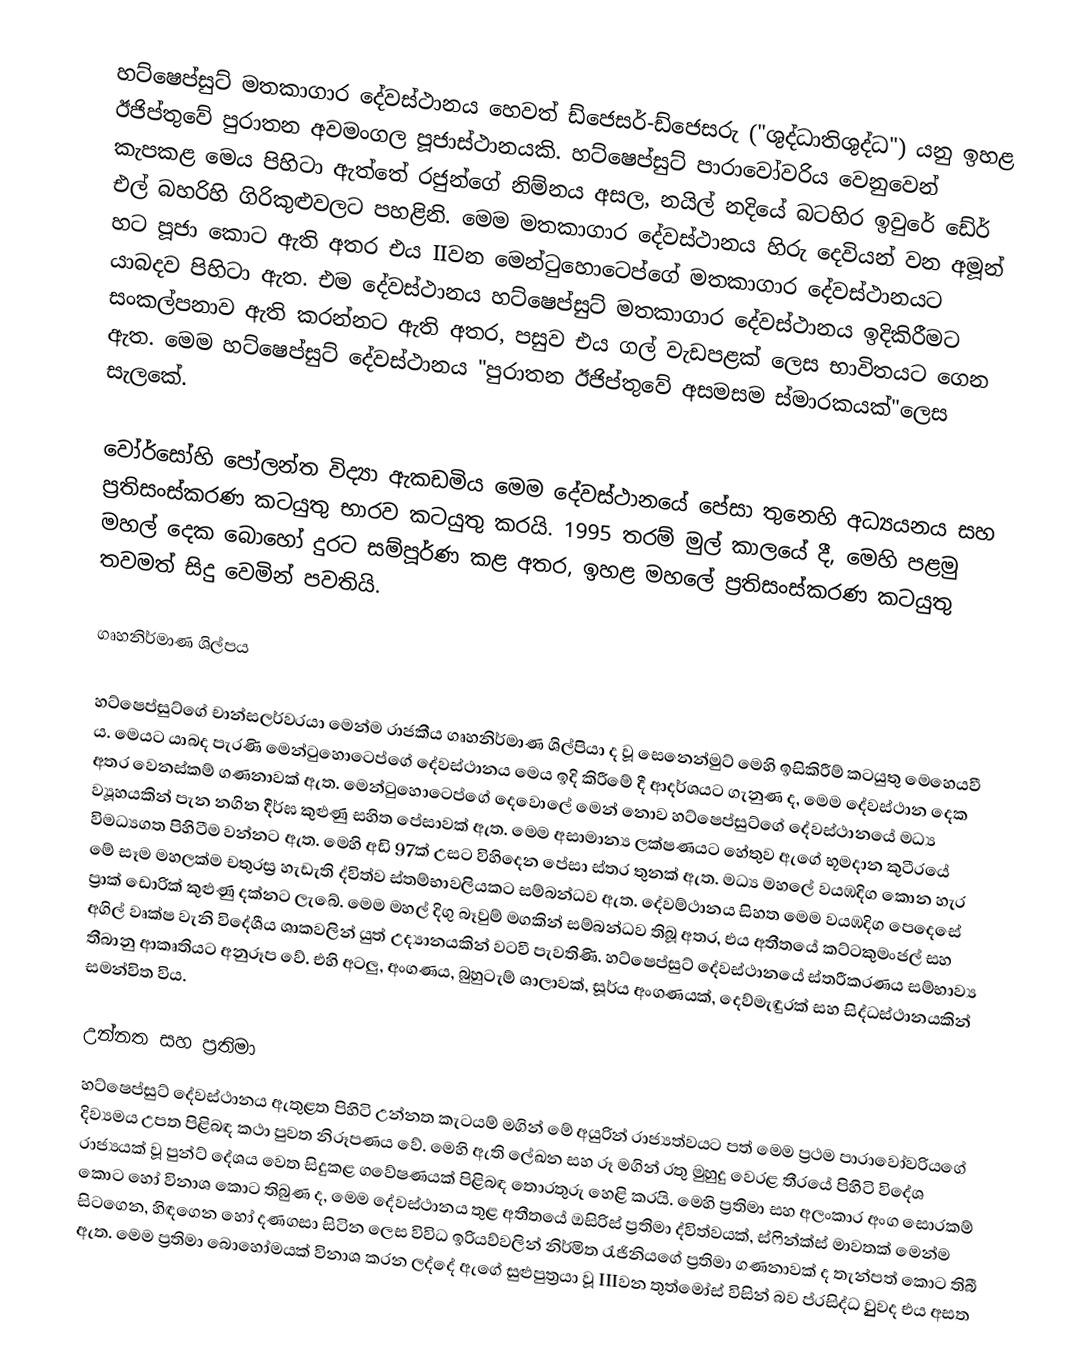
හට්ෂෙප්සුට් මතකාගාර දේවස්ථානය හෙවත් ඩ්ජෙසර්-ඩ්ජෙසරු ("ශුද්ධාතිශුද්ධ") යනු ඉහළ ඊජිප්තුවේ පුරාතන අවමංගල පූජාස්ථානයකි. හට්ෂෙප්සුට් පාරාවෝවරිය වෙනුවෙන් කැපකළ මෙය පිහිටා ඇත්තේ රජුන්ගේ නිම්නය අසල, නයිල් නදියේ බටහිර ඉවුරේ ඩේර් එල් බහරිහි ගිරිකුළුවලට පහළිනි. මෙම මතකාගාර දේවස්ථානය හිරු දෙවියන් වන අමූන් හට පූජා කොට ඇති අතර එය IIවන මෙන්ටුහොටෙප්ගේ මතකාගාර දේවස්ථානයට යාබදව පිහිටා ඇත. එම දේවස්ථානය හට්ෂෙප්සුට් මතකාගාර දේවස්ථානය ඉදිකිරීමට සංකල්පනාව ඇති කරන්නට ඇති අතර, පසුව එය ගල් වැඩපළක් ලෙස භාවිතයට ගෙන ඇත. මෙම හට්ෂෙප්සුට් දේවස්ථානය "පුරාතන ඊජිප්තුවේ අසමසම ස්මාරකයක්"‍ලෙස සැලකේ.

වෝර්සෝහි පෝලන්ත විද්‍යා ඇකඩමිය මෙම දේවස්ථානයේ පේසා තුනෙහි අධ්‍යයනය සහ ප්‍රතිසංස්කරණ කටයුතු භාරව කටයුතු කරයි. 1995 තරම් මුල් කාලයේ දී, මෙහි පළමු මහල් දෙක බොහෝ දුරට සම්පූර්ණ කළ අතර, ඉහළ මහලේ ප්‍රතිසංස්කරණ කටයුතු තවමත් සිදු වෙමින් පවතියි.

ගෘහනිර්මාණ ශිල්පය

හට්ෂෙප්සුට්ගේ චාන්සලර්වරයා මෙන්ම රාජකීය ගෘහනිර්මාණ ශිල්පියා ද වූ සෙනෙන්මුට් මෙහි ඉසිකිරීම් කටයුතු මෙහෙයවී ය. මෙයට යාබද පැරණි මෙන්ටුහොටෙප්ගේ දේවස්ථානය මෙය ඉදි කිරීමේ දී ආදර්ශයට ගැනුණ ද, මෙම දේවස්ථාන දෙක අතර වෙනස්කම් ගණනාවක් ඇත. මෙන්ටුහොටෙප්ගේ දෙවොලේ මෙන් නොව හට්ෂෙප්සුට්ගේ දේවස්ථානයේ මධ්‍ය ව්‍යූහයකින් පැන නගින දීර්ඝ කුළුණු සහිත පේසාවක් ඇත. මෙම අසාමාන්‍ය ලක්ෂණයට හේතුව ඇගේ භූමදාන කුටීරයේ විමධ්‍යගත පිහිටීම වන්නට ඇත. මෙහි අඩි 97ක් උසට විහිදෙන පේසා ස්තර තුනක් ඇත. මධ්‍ය මහලේ වයඹදිග කොන හැර මේ සෑම මහලක්ම චතුරස්‍ර හැඩැති ද්විත්ව ස්තම්භාවලියකට සම්බන්ධව ඇත. දේවම්ථානය සිහත මෙම වයඹදිග පෙදෙසේ ප්‍රාක් ඩොරික් කුළුණු දක්නට ලැබේ. මෙම මහල් දිගු බෑවුම් මගකින් සම්බන්ධව තිබූ අතර, එය අතීතයේ කට්ටකුමංජල් සහ අගිල් වෘක්ෂ වැනි විදේශීය ශාකවලින් යුත් උද්‍යානයකින් වටවී පැවතිණි. හට්ෂෙප්සුට් දේවස්ථානයේ ස්තරීකරණය සම්භාව්‍ය තීබානු ආකෘතියට අනුරූප වේ. එහි අටලු, අංගණය, බුහුටැම් ශාලාවක්, සූර්ය අංගණයක්, දෙව්මැඳුරක් සහ සිද්ධස්ථානයකින් සමන්විත විය.

උන්නත සහ ප්‍රතිමා
හට්ෂෙප්සුට් දේවස්ථානය ඇතුළත පිහිටි උන්නත කැටයම් මගින් මේ අයුරින් රාජ්‍යත්වයට පත් මෙම ප්‍රථම පාරාවෝවරියගේ දිව්‍යමය උපත පිළිබඳ කථා පුවත නිරූපණය වේ. මෙහි ඇති ලේඛන සහ රූ මගින් රතු මුහුදු වෙරළ තීරයේ පිහිටි විදේශ රාජ්‍යයක් වූ පුන්ට් දේශය වෙත සිදුකළ ගවේෂණයක් පිළිබඳ තොරතුරු හෙළි කරයි. මෙහි ප්‍රතිමා සහ අලංකාර අංග සොරකම් කොට හෝ විනාශ කොට තිබුණ ද, මෙම දේවස්ථාන‍ය තුළ අතීතයේ ඔසිරිස් ප්‍රතිමා ද්විත්වයක්, ස්ෆින්ක්ස් මාවතක් මෙන්ම සිටගෙන, හිඳගෙන හෝ දණගසා සිටින ලෙස විවිධ ඉරියව්වලින් නිර්මිත රැජිනියගේ ප්‍රතිමා ගණනාවක් ද තැන්පත් කොට තිබී ඇත. මෙම ප්‍රතිමා බොහෝමයක් විනාශ කරන ලද්දේ ඇගේ සුළුපුත්‍රයා වූ IIIවන තුත්මෝස් විසින් බව ප්‍‍රසිද්ධ වුුුවද එය අසත